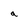
Character: a